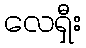
လေရှီး